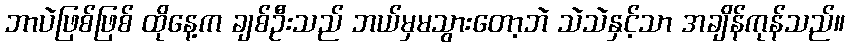
ဘာပဲဖြစ်ဖြစ် ထိုနေ့က ချစ်ဦးသည် ဘယ်မှမသွားတော့ဘဲ သဲသဲနှင့်သာ အချိန်ကုန်သည်။